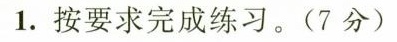
1.按要求完成练习。(7分)